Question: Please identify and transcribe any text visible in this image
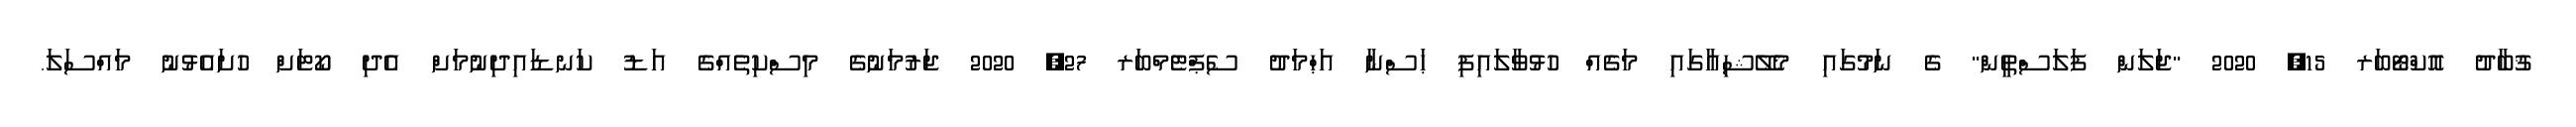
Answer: ޤުބާދު އޮކްޓޯބަރ 15, 2020 "ޖަލަން ފަލަސްތީން" ގެ ނަމުގައި މެލޭޝިއާގައި މަގެއް ހުޅުވާލައިފި ޙަސްނާ އަޙްމަދު ސެޕްޓެމްބަރ 27, 2020 ޖަރުމަނުގެ މިސްކިތެއްގެ އަޑު ކަނޑައިދިނުމަށް އެދި ކޯޓަށް ހުށައެޅުނު މައްސަލަ.